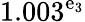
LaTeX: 1.003^{\mathrm{e}_{3}}